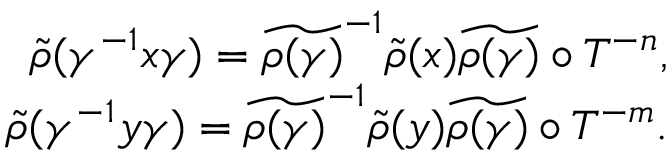
\begin{array} { r } { \widetilde { \rho } ( \gamma ^ { - 1 } x \gamma ) = \widetilde { \rho ( \gamma ) } ^ { - 1 } \widetilde { \rho } ( x ) \widetilde { \rho ( \gamma ) } \circ T ^ { - n } , } \\ { \widetilde { \rho } ( \gamma ^ { - 1 } y \gamma ) = \widetilde { \rho ( \gamma ) } ^ { - 1 } \widetilde { \rho } ( y ) \widetilde { \rho ( \gamma ) } \circ T ^ { - m } . } \end{array}